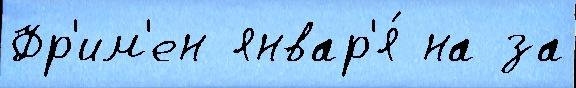
Фр'им'ен январ'я́ на за